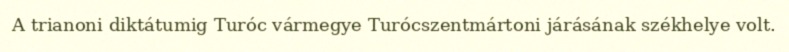
A trianoni diktátumig Turóc vármegye Turócszentmártoni járásának székhelye volt.